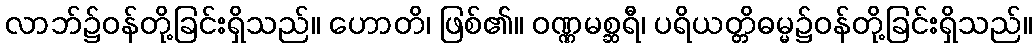
လာဘ်၌ဝန်တို့ခြင်းရှိသည်။ ဟောတိ၊ ဖြစ်၏။ ဝဏ္ဏမစ္ဆရီ၊ ပရိယတ္တိဓမ္မ၌ဝန်တို့ခြင်းရှိသည်။